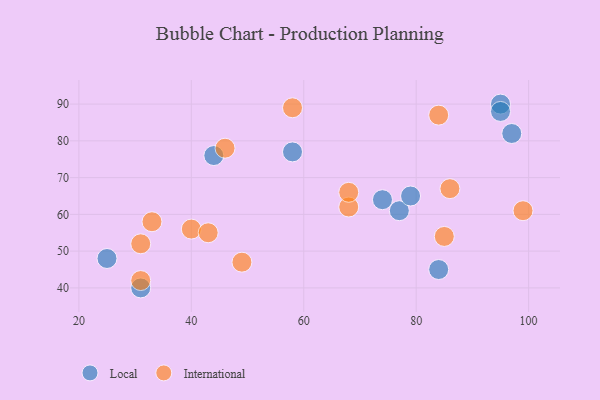
{"axis": {"x": "GDP", "y": "Life Expectancy"}, "legend": ["International", "Local"], "data": [{"x": "44", "y": 76, "type": "Local"}, {"x": "84", "y": 45, "type": "Local"}, {"x": "97", "y": 82, "type": "Local"}, {"x": "58", "y": 77, "type": "Local"}, {"x": "31", "y": 40, "type": "Local"}, {"x": "95", "y": 90, "type": "Local"}, {"x": "74", "y": 64, "type": "Local"}, {"x": "95", "y": 88, "type": "Local"}, {"x": "25", "y": 48, "type": "Local"}, {"x": "77", "y": 61, "type": "Local"}, {"x": "79", "y": 65, "type": "Local"}, {"x": "86", "y": 67, "type": "International"}, {"x": "40", "y": 56, "type": "International"}, {"x": "85", "y": 54, "type": "International"}, {"x": "68", "y": 62, "type": "International"}, {"x": "46", "y": 78, "type": "International"}, {"x": "68", "y": 66, "type": "International"}, {"x": "33", "y": 58, "type": "International"}, {"x": "49", "y": 47, "type": "International"}, {"x": "31", "y": 42, "type": "International"}, {"x": "31", "y": 52, "type": "International"}, {"x": "43", "y": 55, "type": "International"}, {"x": "84", "y": 87, "type": "International"}, {"x": "58", "y": 89, "type": "International"}, {"x": "99", "y": 61, "type": "International"}]}